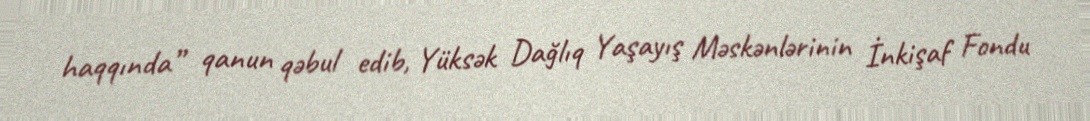
haqqında” qanun qəbul edib, Yüksək Dağlıq Yaşayış Məskənlərinin İnkişaf Fondu